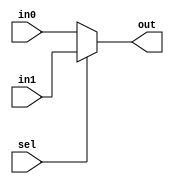
`timescale 1ns / 1ps
module Mux5(in0, in1, sel, out);
	input [4:0]in0;
	input [4:0]in1;
	input sel;
	output [4:0]out;
	assign out=(sel)?in1:in0;
endmodule